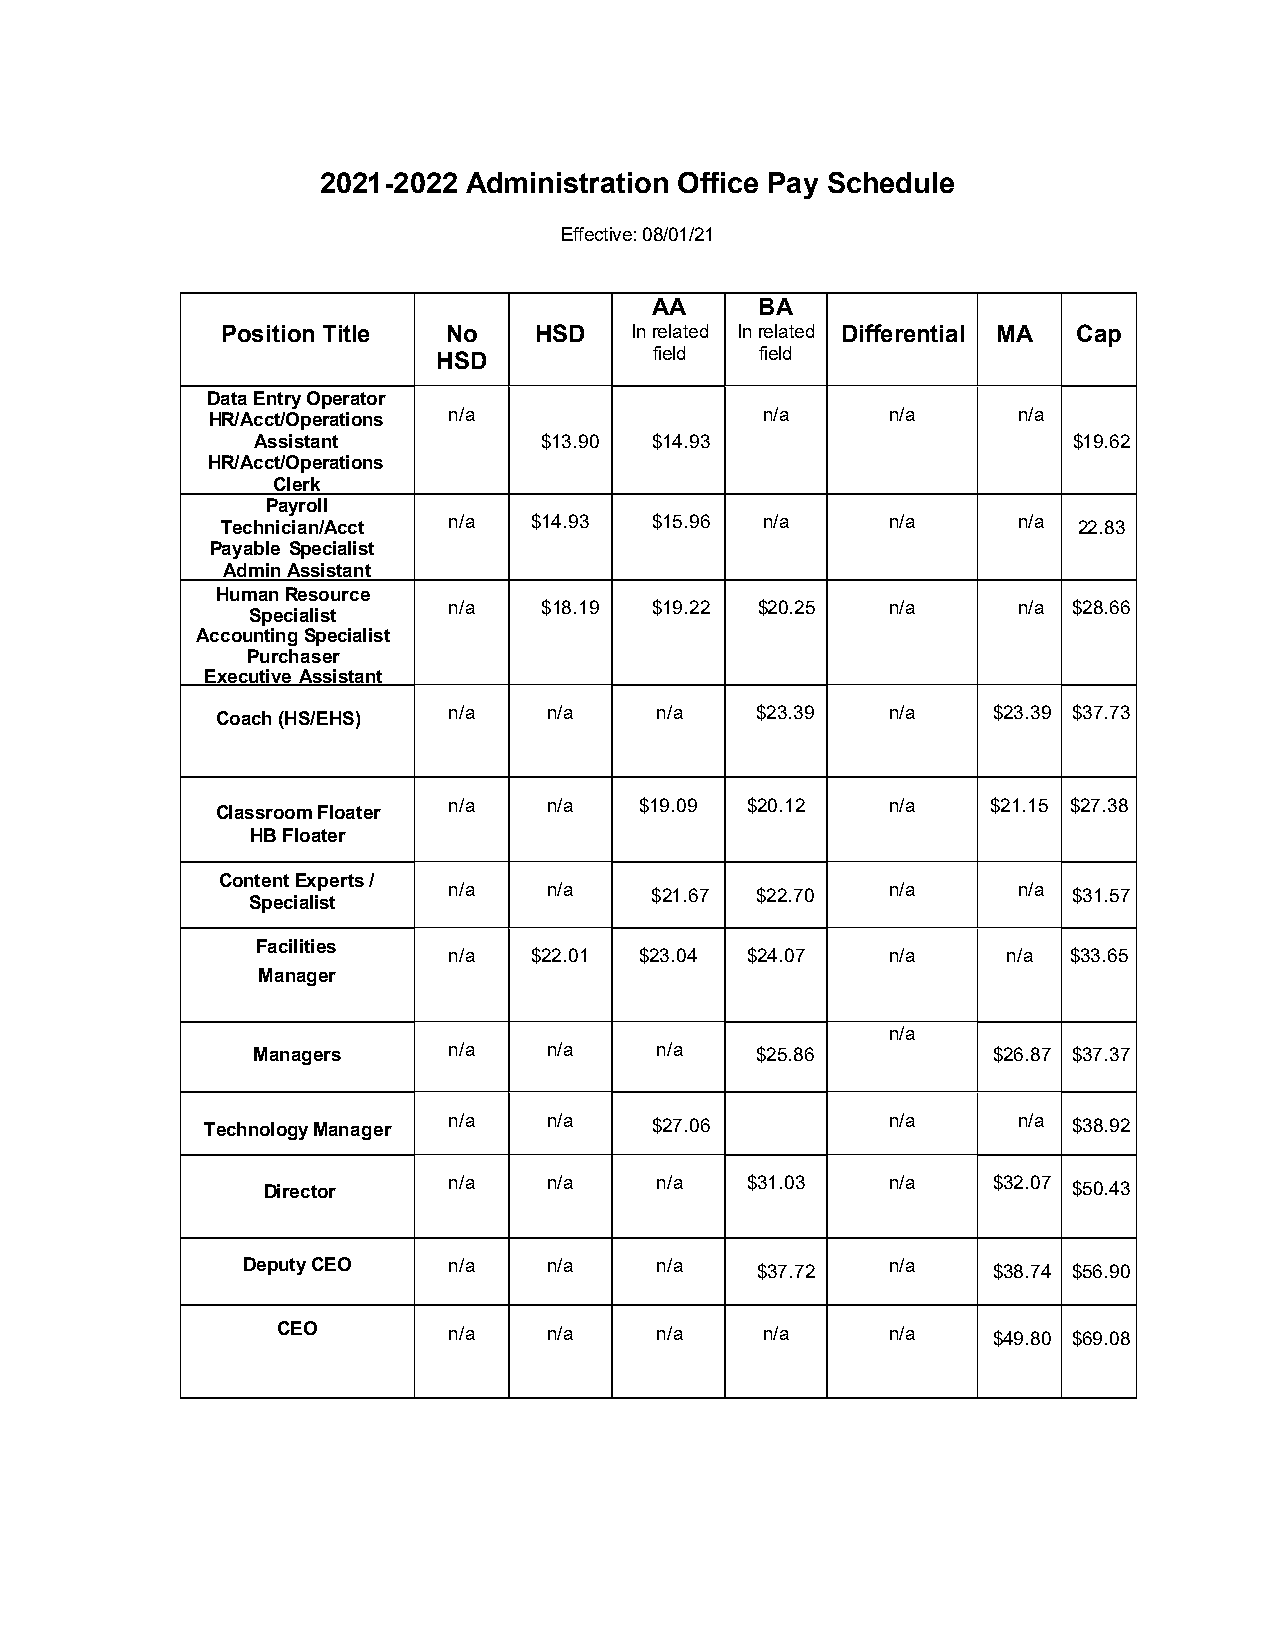
2021-2022 Administration Office Pay Schedule
 Effective: 08/01/21
 AA     BA
 Position Title No   HSD    In related In related Differential MA Cap
 HSD
 field  field
 Data Entry Operator
 HR/Acct/Operations
 n/a                 n/a      n/a     n/a
 Assistant          $13.90 $14.93                      $19.62
 HR/Acct/Operations
 Clerk
 Payroll
 Technician/Acct n/a $14.93  $15.96 n/a      n/a     n/a 22.83
 Payable Specialist
 Admin Assistant
 Human Resource
 n/a   $18.19 $19.22 $20.25   n/a     n/a $28.66
 Specialist
 Accounting Specialist
 Purchaser
 Executive Assistant
 Coach (HS/EHS)
 n/a   n/a    n/a    $23.39   n/a    $23.39 $37.73
 n/a   n/a   $19.09 $20.12    n/a    $21.15 $27.38
 Classroom Floater
 HB Floater
 Content Experts /
 n/a   n/a    $21.67 $22.70   n/a     n/a $31.57
 Specialist
 Facilities
 n/a  $22.01 $23.04 $24.07    n/a     n/a $33.65
 Manager
 n/a
 Managers     n/a   n/a    n/a    $25.86          $26.87 $37.37
 Technology Manager n/a n/a    $27.06          n/a     n/a $38.92
 Director     n/a   n/a    n/a   $31.03    n/a    $32.07 $50.43
 Deputy CEO    n/a   n/a    n/a    $37.72   n/a    $38.74 $56.90
 CEO         n/a   n/a    n/a    n/a      n/a    $49.80 $69.08